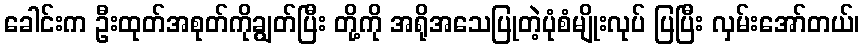
ခေါင်းက ဦးထုတ်အစုတ်ကိုချွတ်ပြီး တို့ကို အရိုအသေပြုတဲ့ပုံစံမျိုးလုပ် ပြပြီး လှမ်းအော်တယ်၊